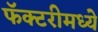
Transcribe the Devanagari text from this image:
फॅक्टरीमध्ये